Report of the Indian Hemp Drugs Commission, 1894-1895 - Volume V
Year: 1894
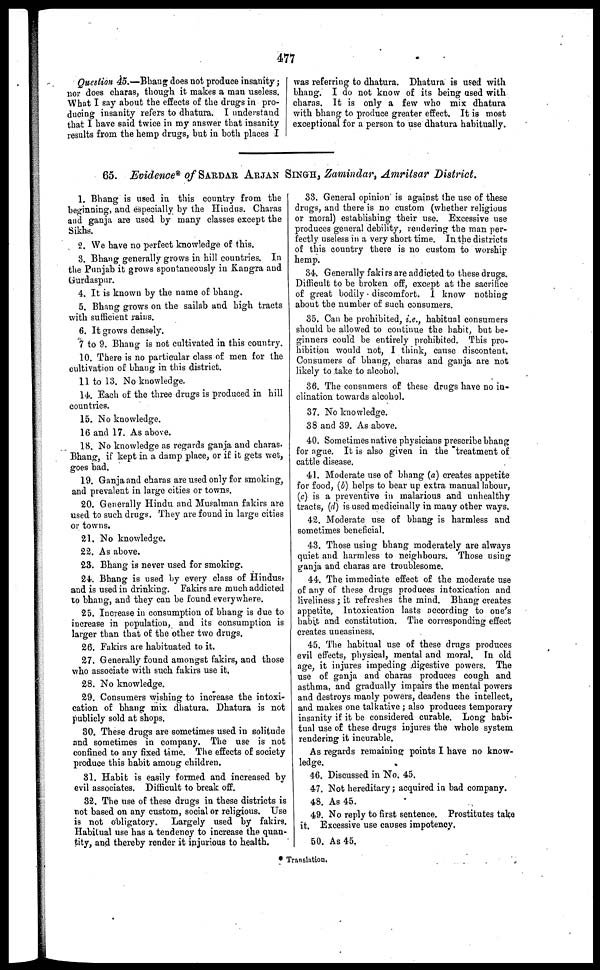
477
Question 45.—Bhaug does not produce insanity;
nor does charas, though it makes a man useless.
What I say about the effects of the drugs in pro-
ducing insanity refers to dhatura. I understand
that I have said twice in my answer that insanity
results from the hemp drugs, but in both places I
was referring to dhatura. Dhatura is used with
bhang. I do not know of its being used with
charas. It is only a few who mix dhatura
with bhang to produce greater effect. It is most
exceptional for a person to use dhatura habitually.
65. Evidence* of SARDAR ARJAN SINGH, Zamindar, Amritsar District.
1. Bhang is used in this country from the
beginning, and especially by the Hindus. Charas
and ganja are used by many classes except the
Sikhs.
2. We have no perfect knowledge of this.
3. Bhang generally grows in hill countries. In
the Punjab it grows spontaneously in Kangra and
Gurdaspur.
4. It is known by the name of bhang.
5. Bhang grows on the sailab and high tracts
with sufficient rains.
6. It grows densely.
7 to 9. Bhang is not cultivated in this country.
10. There is no particular class of men for the
cultivation of bhang in this district.
11 to 13. No knowledge.
14. Each of the three drugs is produced in hill
countries.
15. No knowledge.
16 and 17. As above.
18. No knowledge as regards ganja and charas.
Bhang, if kept in a damp place, or if it gets wet,
goes bad.
19. Ganja and charas are used only for smoking,
and prevalent in large cities or towns.
20. Generally Hindu and Musalman fakirs are
used to such drugs. They are found in large cities
or towns.
21. No knowledge.
22. As above.
23. Bhang is never used for smoking.
24. Bhang is used by every class of Hindus,
and is used in drinking. Fakirs are much addicted
to bhang, and they can be found everywhere.
25. Increase in consumption of bhang is due to
increase in population, and its consumption is
larger than that of the other two drugs.
26. Fakirs are habituated to it.
27. Generally found amongst fakirs, and those
who associate with such fakirs use it.
28. No knowledge.
29. Consumers wishing to increase the intoxi-
cation of bhang mix dhatura. Dhatura is not
publicly sold at shops.
30. These drugs are sometimes used in solitude
and sometimes in company. The use is not
confined to any fixed time. The effects of society
produce this habit among children.
81. Habit is easily formed and increased by
evil associates. Difficult to break off.
32. The use of these drugs in these districts is
not based on any custom, social or religious. Use
is not obligatory. Largely used by fakirs.
Habitual use has a tendency to increase the quan-
tity, and thereby render it injurious to health.
33. General opinion is against the use of these
drugs, and there is no custom (whether religious
or moral) establishing their use. Excessive use
produces general debility, rendering the man per-
fectly useless in a very short time. In the districts
of this country there is no custom to worship
hemp.
34. Generally fakirs are addicted to these drugs.
Difficult to be broken off, except at the sacrifice
of great bodily discomfort. I know nothing
about the number of such consumers.
35. Can be prohibited, i.e., habitual consumers
should be allowed to continue the habit, but be-
ginners could be entirely prohibited. This pro-
hibition would not, I think, cause discontent.
Consumers of bhang, charas and ganja are not
likely to take to alcohol.
36. The consumers of these drugs have no in-
clination towards alcohol.
37. No knowledge.
38 and 39. As above.
40. Sometimes native physicians prescribe bhang
for ague. It is also given in the treatment of
cattle disease.
41. Moderate use of bhang (a) creates appetite
for food, (b) helps to bear up extra manual labour,
(c) is a preventive in malarious and unhealthy
tracts, (d) is used medicinally in many other ways.
42. Moderate use of bhang is harmless and
sometimes beneficial.
43. Those using bhang moderately are always
quiet and harmless to neighbours. Those using
ganja and charas are troublesome.
44. The immediate effect of the moderate use
of any of these drugs produces intoxication and
liveliness ; it refreshes the mind. Bhang creates
appetite, Intoxication lasts according to one's
habit and constitution. The corresponding effect
creates uneasiness.
45. The habitual use of these drugs produces
evil effects, physical, mental and moral. In old
age, it injures impeding digestive powers. The
use of ganja and charas produces cough and
asthma, and gradually impairs the mental powers
and destroys manly powers, deadens the intellect,
and makes one talkative ; also produces temporary
insanity if it be considered curable. Long habi-
tual use of these drugs injures the whole system
rendering it incurable.
As regards remaining points I have no know-
ledge.
46. Discussed in No. 45.
47. Not hereditary; acquired in bad company.
48. As 45.
49. No reply to first sentence. Prostitutes take
it. Excessive use causes impotency.
50. As 45.
* Translation.